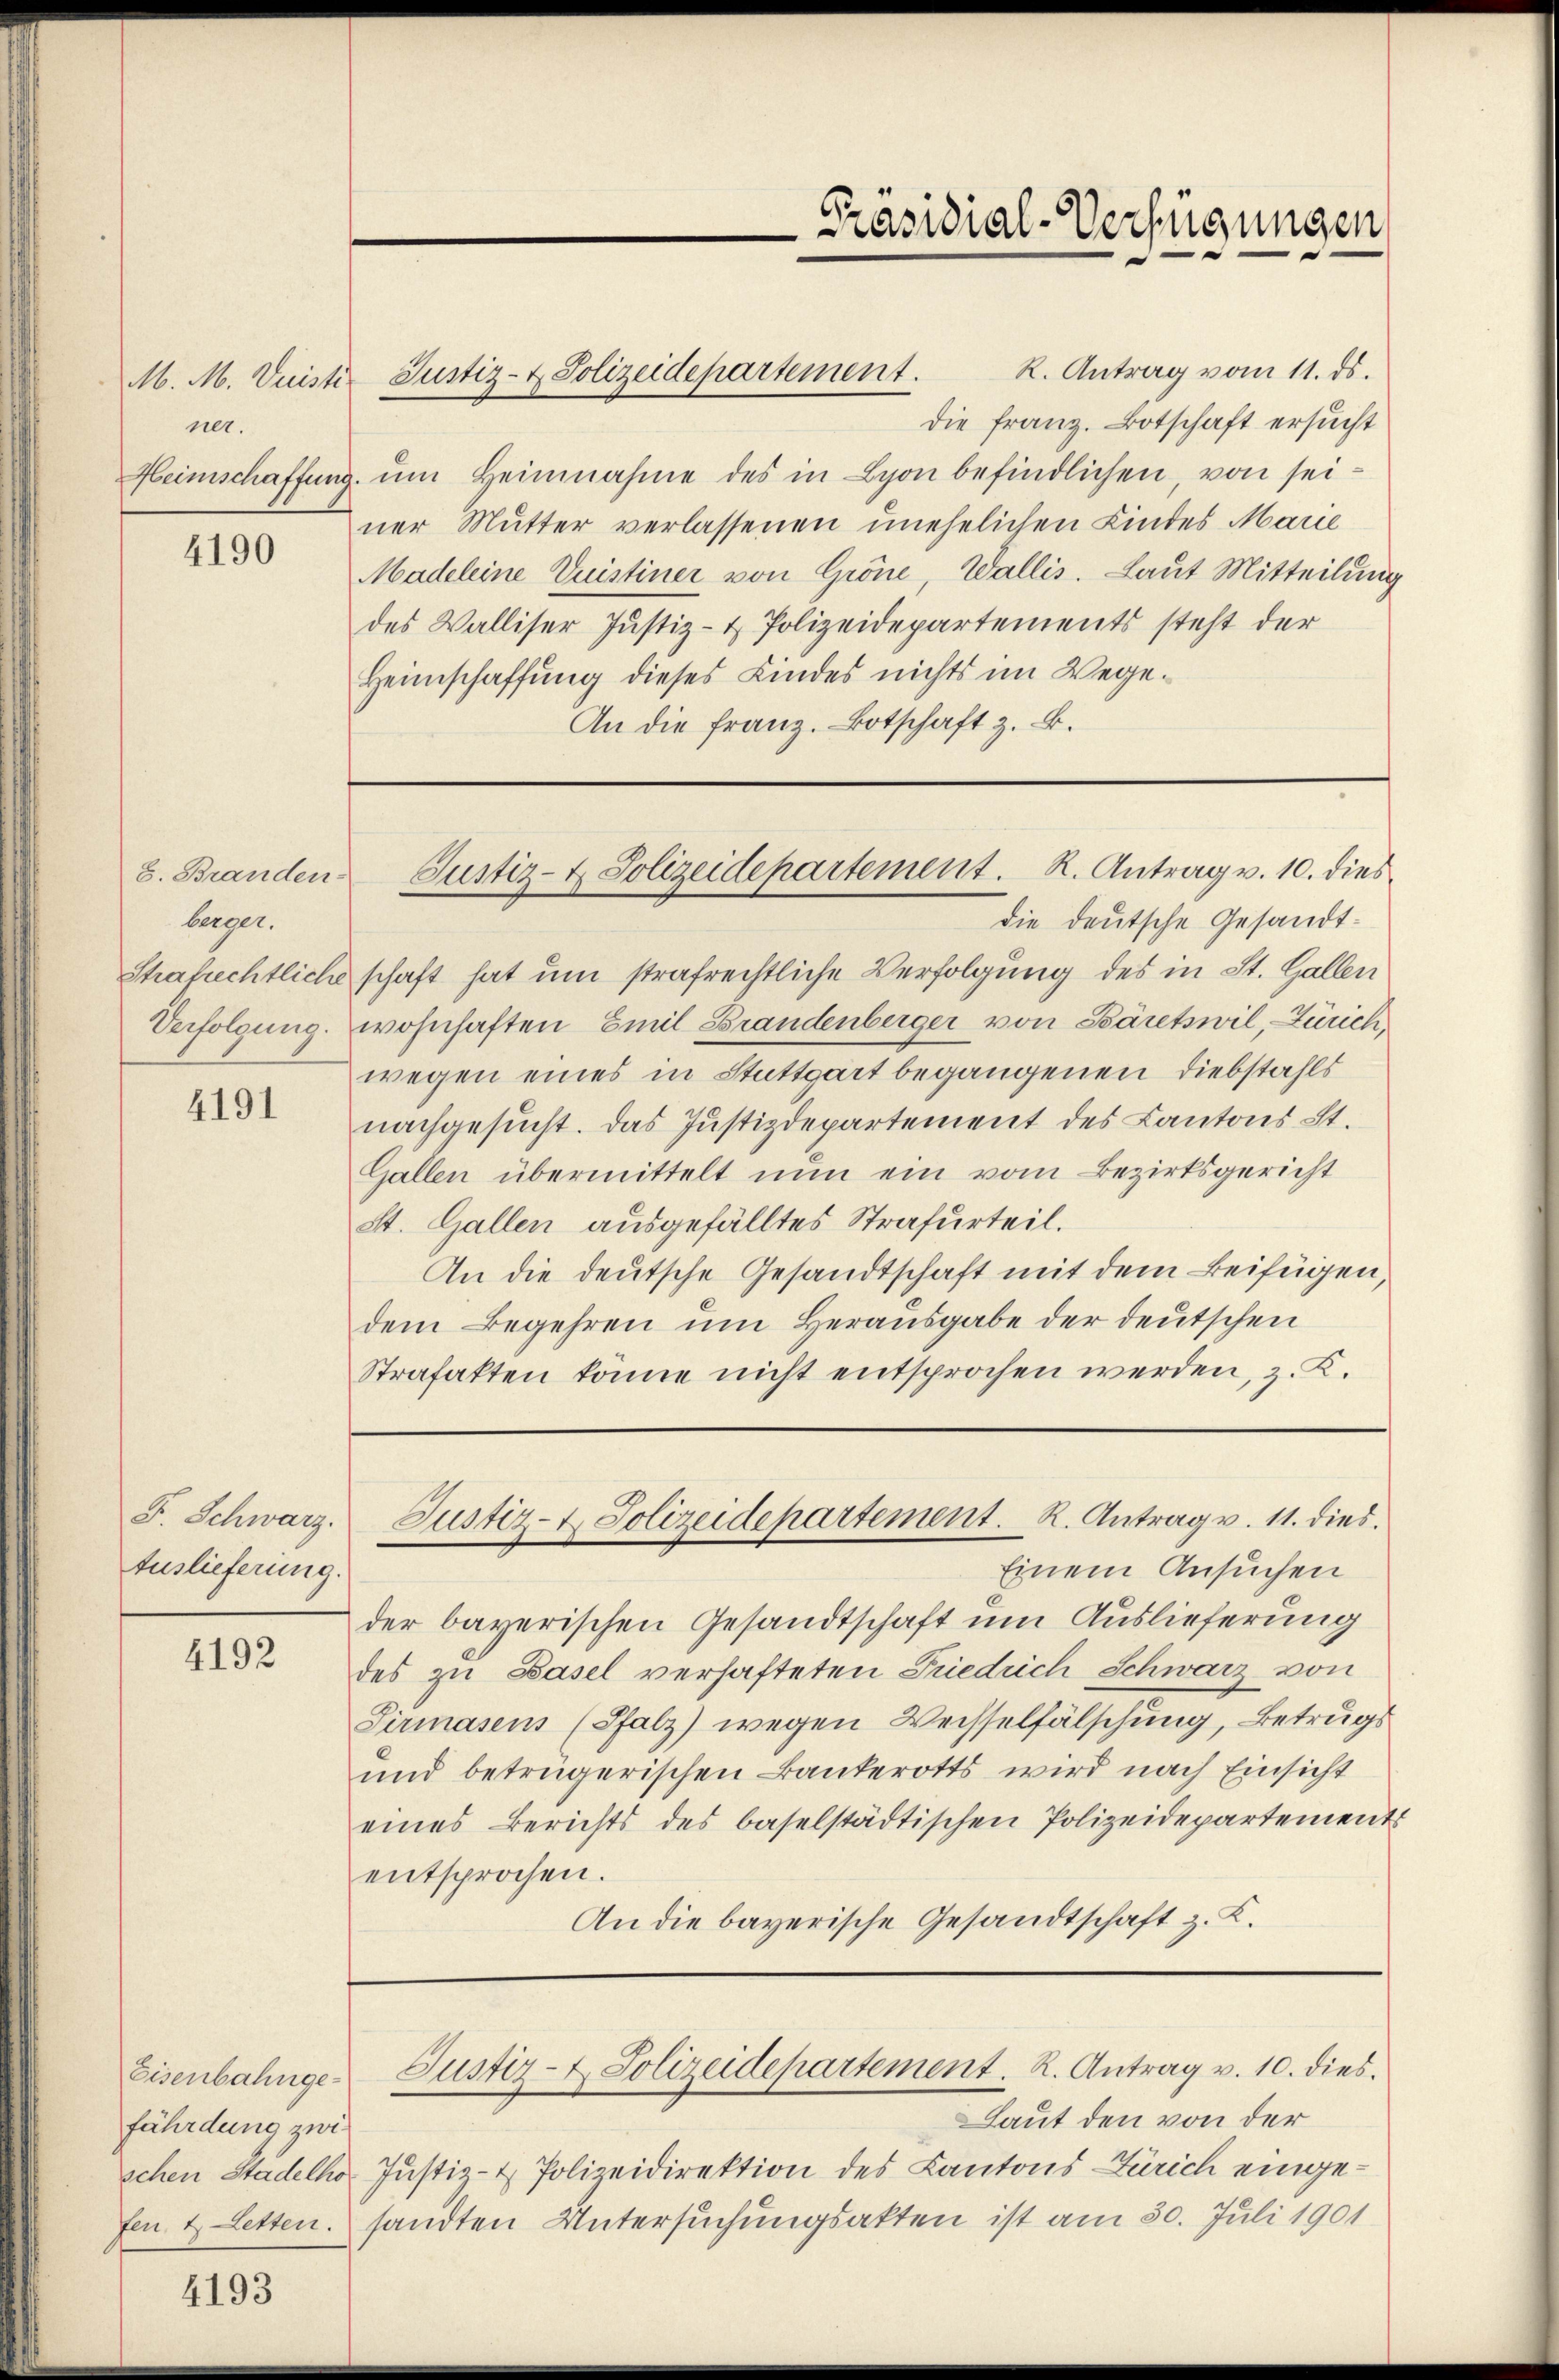
M. M. Quisti
ner.

4190

berger.

4191

F. Schwarz.
Auslieferung.

4192

4193

fährdung zwi

R. Antrag vom 11. ds.
die Franz. Botschaft ersucht
Heimschaffŭng ŭm Heinnahme des in Lyon befindlichen, von seiner Mutter verlassenen unehelichen Kindes Marie
Madeleine Vuistiner von Gröne, Wallis. Laut Mitteilung
des Walliser Justiz- & Polizeidepartements steht der
Heimschaffung dieses Kindes nichts im Wege¬
An die franz. Botschaft z. B.

die deutsche Gesandt¬
Shafrechtliche schaft hat um strafrechtliche Verfolgung des in St. Gallen
Verfolgung. wohnhaften Emil Grandenberger von Bäretswil, Zürich,
wegen eines in Stuttgart begangenen Diebstahls
nachgesucht. Das Justizdepartement des Kantons St.
Gallen übermittelt nun ein vom Bezirksgericht
St. Gallen ausgefälltes Strafurteil.
An die deutsche Gesandtschaft mit dem Beifügen,
dem Begehren um Herausgabe der deutschen
Strafakten könne nicht entsprochen werden, z. K.

Einem Ansuchen
der bayerischen Gesandtschaft um Auslieferung
des zu Basel verhafteten Friedrich Schwarz von
Sirmasens (Pfalz) wegen Weisselfälschung, Betrugs
und betrügerischen Bankerotts wird nach Einsicht
eines Berichts des baselstädtischen Polizeidepartements
entsprochen.
An die bayerische Gesandtschaft z. K.

Justiz- & Polizeidepartement.

Präsidial-Verfügungen

8. Branden Justiz- & Polizeidepartement. R. Antrag v. 10. dies

Justiz- & Polizeidepartement. R. Antrag v. 11. dies

Eisenbahnge Justiz- & Polizeidepartement. R. Antrag v. 10. dies

Laut den von der
schen Stadelho Justiz- & Polizeidirektion des Kantons Zürich eingefen & Letten. sandten Untersuchungsakten ist am 30. Juli 1901